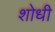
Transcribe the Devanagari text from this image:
शोधी